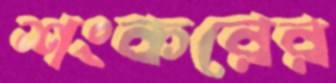
শংকরের